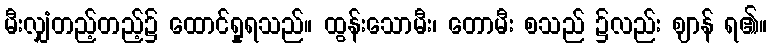
မီးလျှံတည့်တည့်၌ ထောင်ရှုရသည်။ ထွန်းသောမီး၊ တောမီး စသည် ၌လည်း ဈာန် ရ၏။